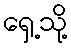
ရှေ့သို့